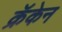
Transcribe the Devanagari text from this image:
क्रॅकेन